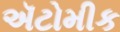
ઍટોમીક